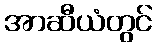
အာဆီယံတွင်